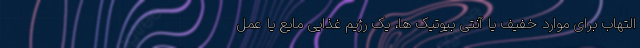
التهاب برای موارد خفیف یا آنتی بیوتیک ها، یک رژیم غذایی مایع یا عمل